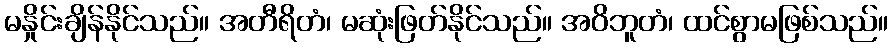
မနှိုင်းချိန်နိုင်သည်။ အတီရိတံ၊ မဆုံးဖြတ်နိုင်သည်။ အဝိဘူတံ၊ ထင်စွာမဖြစ်သည်။